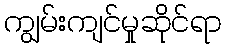
ကျွမ်းကျင်မှုဆိုင်ရာ